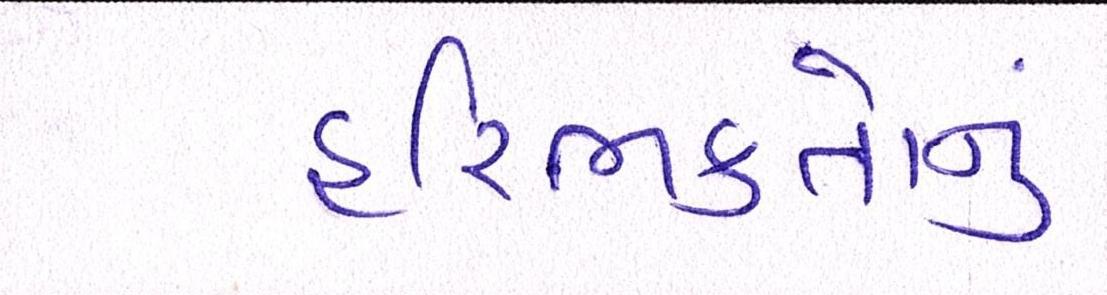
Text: હરિભક્તોનું